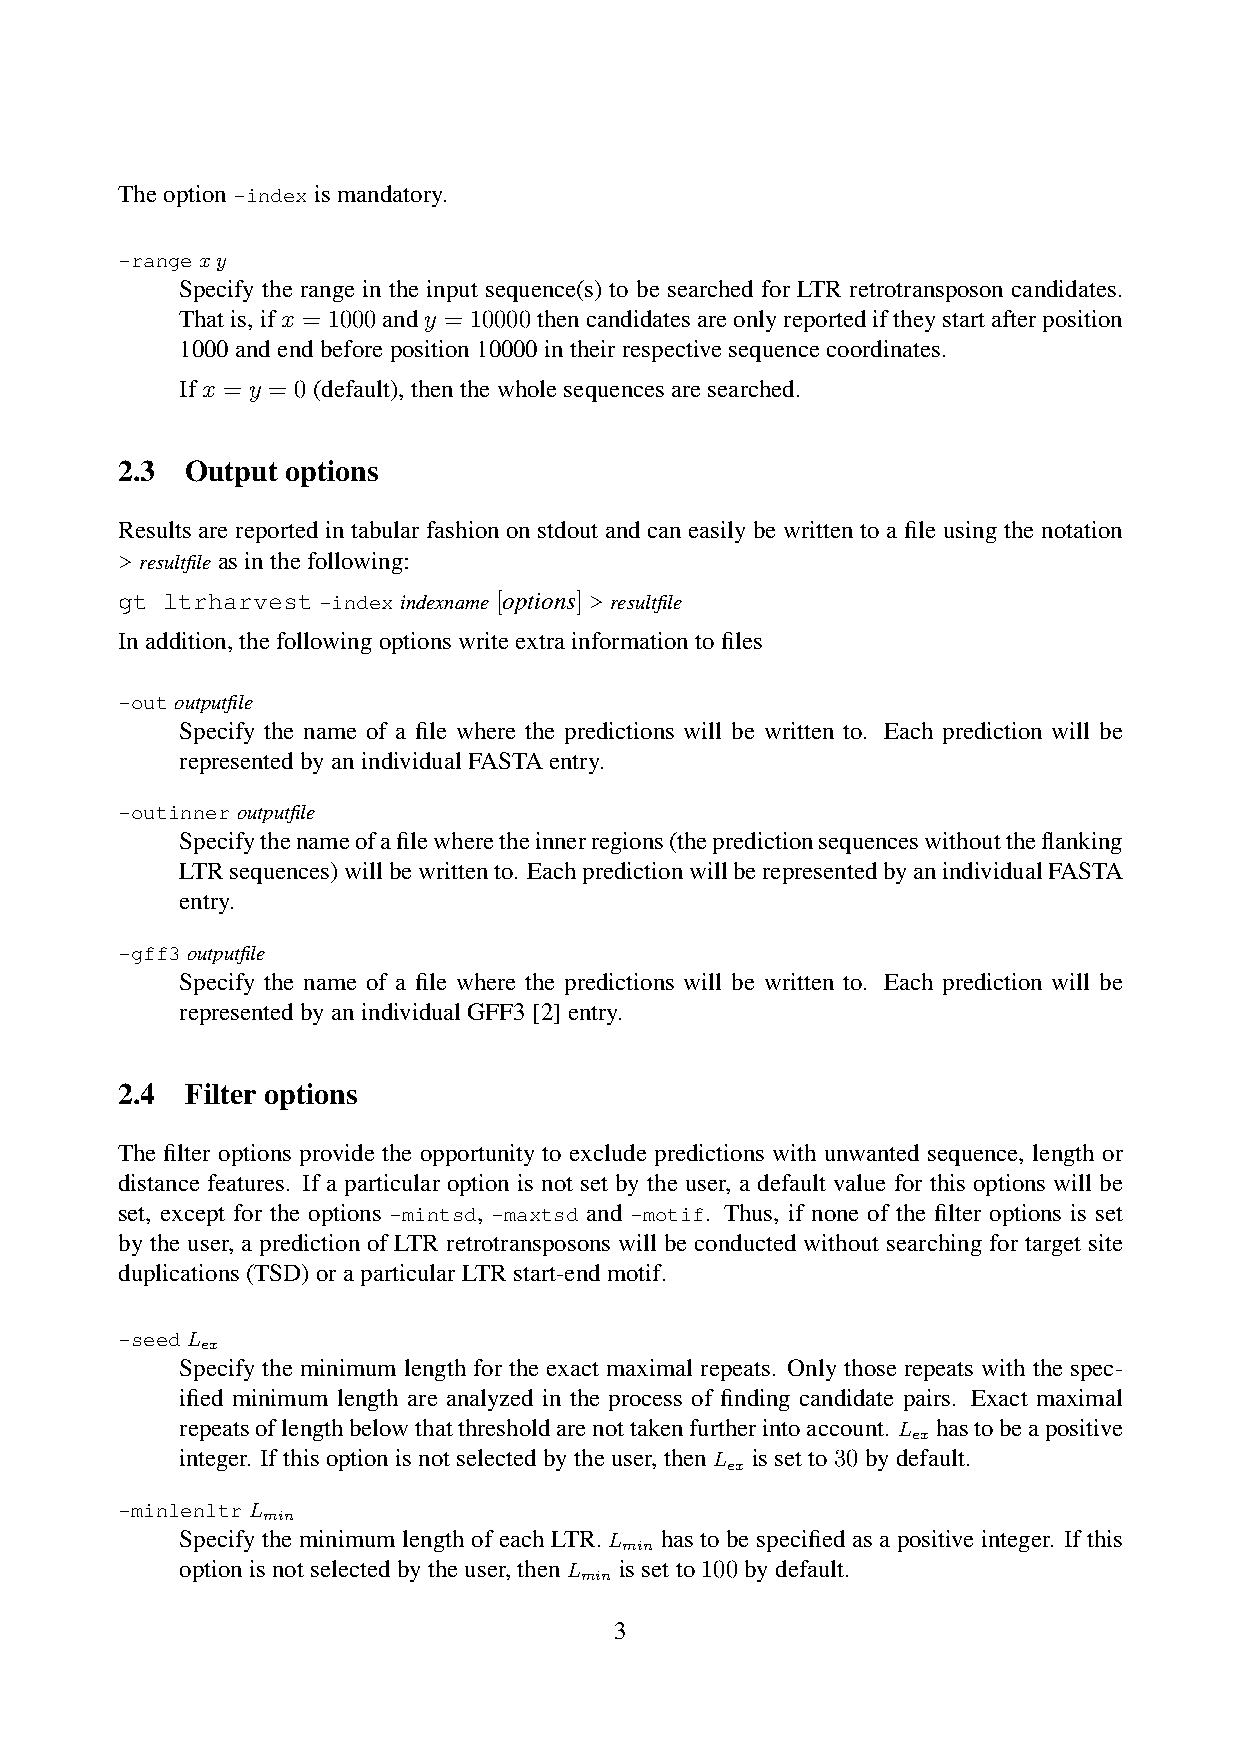
Theoption-indexismandatory.
 -rangexy
 Specify the range in the input sequence(s) to be searched for LTR retrotransposon candidates.
 Thatis,ifx = 1000andy = 10000thencandidatesareonlyreportediftheystartafterposition
 1000andendbeforeposition10000intheirrespectivesequencecoordinates.
 Ifx = y = 0(default),thenthewholesequencesaresearched.
 2.3 Output options
 Results are reported in tabular fashion on stdout and can easily be written to a file using the notation
 >resultfileasinthefollowing:
 gt ltrharvest-indexindexname[options]>resultfile
 Inaddition,thefollowingoptionswriteextrainformationtofiles
 -outoutputfile
 Specify the name of a file where the predictions will be written to. Each prediction will be
 representedbyanindividualFASTAentry.
 -outinneroutputfile
 Specifythenameofafilewheretheinnerregions(thepredictionsequenceswithouttheflanking
 LTRsequences)willbewrittento. EachpredictionwillberepresentedbyanindividualFASTA
 entry.
 -gff3outputfile
 Specify the name of a file where the predictions will be written to. Each prediction will be
 representedbyanindividualGFF3[2]entry.
 2.4 Filter options
 The filter options provide the opportunity to exclude predictions with unwanted sequence, length or
 distance features. If a particular option is not set by the user, a default value for this options will be
 set, except for the options -mintsd, -maxtsd and -motif. Thus, if none of the filter options is set
 by the user, a prediction of LTR retrotransposons will be conducted without searching for target site
 duplications(TSD)oraparticularLTRstart-endmotif.
 -seedL
 ex
 Specify the minimum length for the exact maximal repeats. Only those repeats with the spec-
 ified minimum length are analyzed in the process of finding candidate pairs. Exact maximal
 repeatsoflengthbelowthatthresholdarenottakenfurtherintoaccount. L hastobeapositive
 ex
 integer. Ifthisoptionisnotselectedbytheuser,thenL issetto30bydefault.
 ex
 -minlenltrL
 min
 Specify the minimum length of each LTR. L has to be specified as a positive integer. If this
 min
 optionisnotselectedbytheuser,thenL issetto100bydefault.
 min
 3